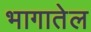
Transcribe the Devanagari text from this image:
भागातेल